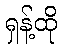
ရှန့်ထို